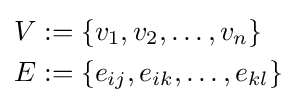
{\begin{aligned}V&:=\{v_{1},v_{2},\dots ,v_{n}\}\\E&:=\{e_{ij},e_{ik},\dots ,e_{kl}\}\end{aligned}}